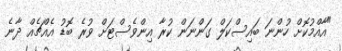
"އާއްމުކޮށް ހުންނަ ބައިސްކަލް ގަންނަން ކުރާ އިންވެސްޓަށް ވުރެ ބޮޑު އެއްޗެއް ދާނެ